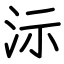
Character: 沶